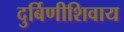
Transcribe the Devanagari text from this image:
दुर्बिणीशिवाय